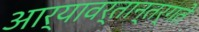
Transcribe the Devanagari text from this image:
आर्यावर्तान्तर्गते